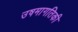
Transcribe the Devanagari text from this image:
उषमागतिकी